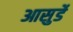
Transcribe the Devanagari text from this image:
आसुर्डे